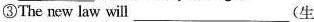
③The new law will___(生